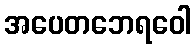
အပေတဘေရဝေါ